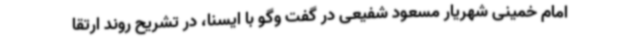
امام خمینی شهریار مسعود شفیعی در گفت وگو با ایسنا، در تشریح روند ارتقا